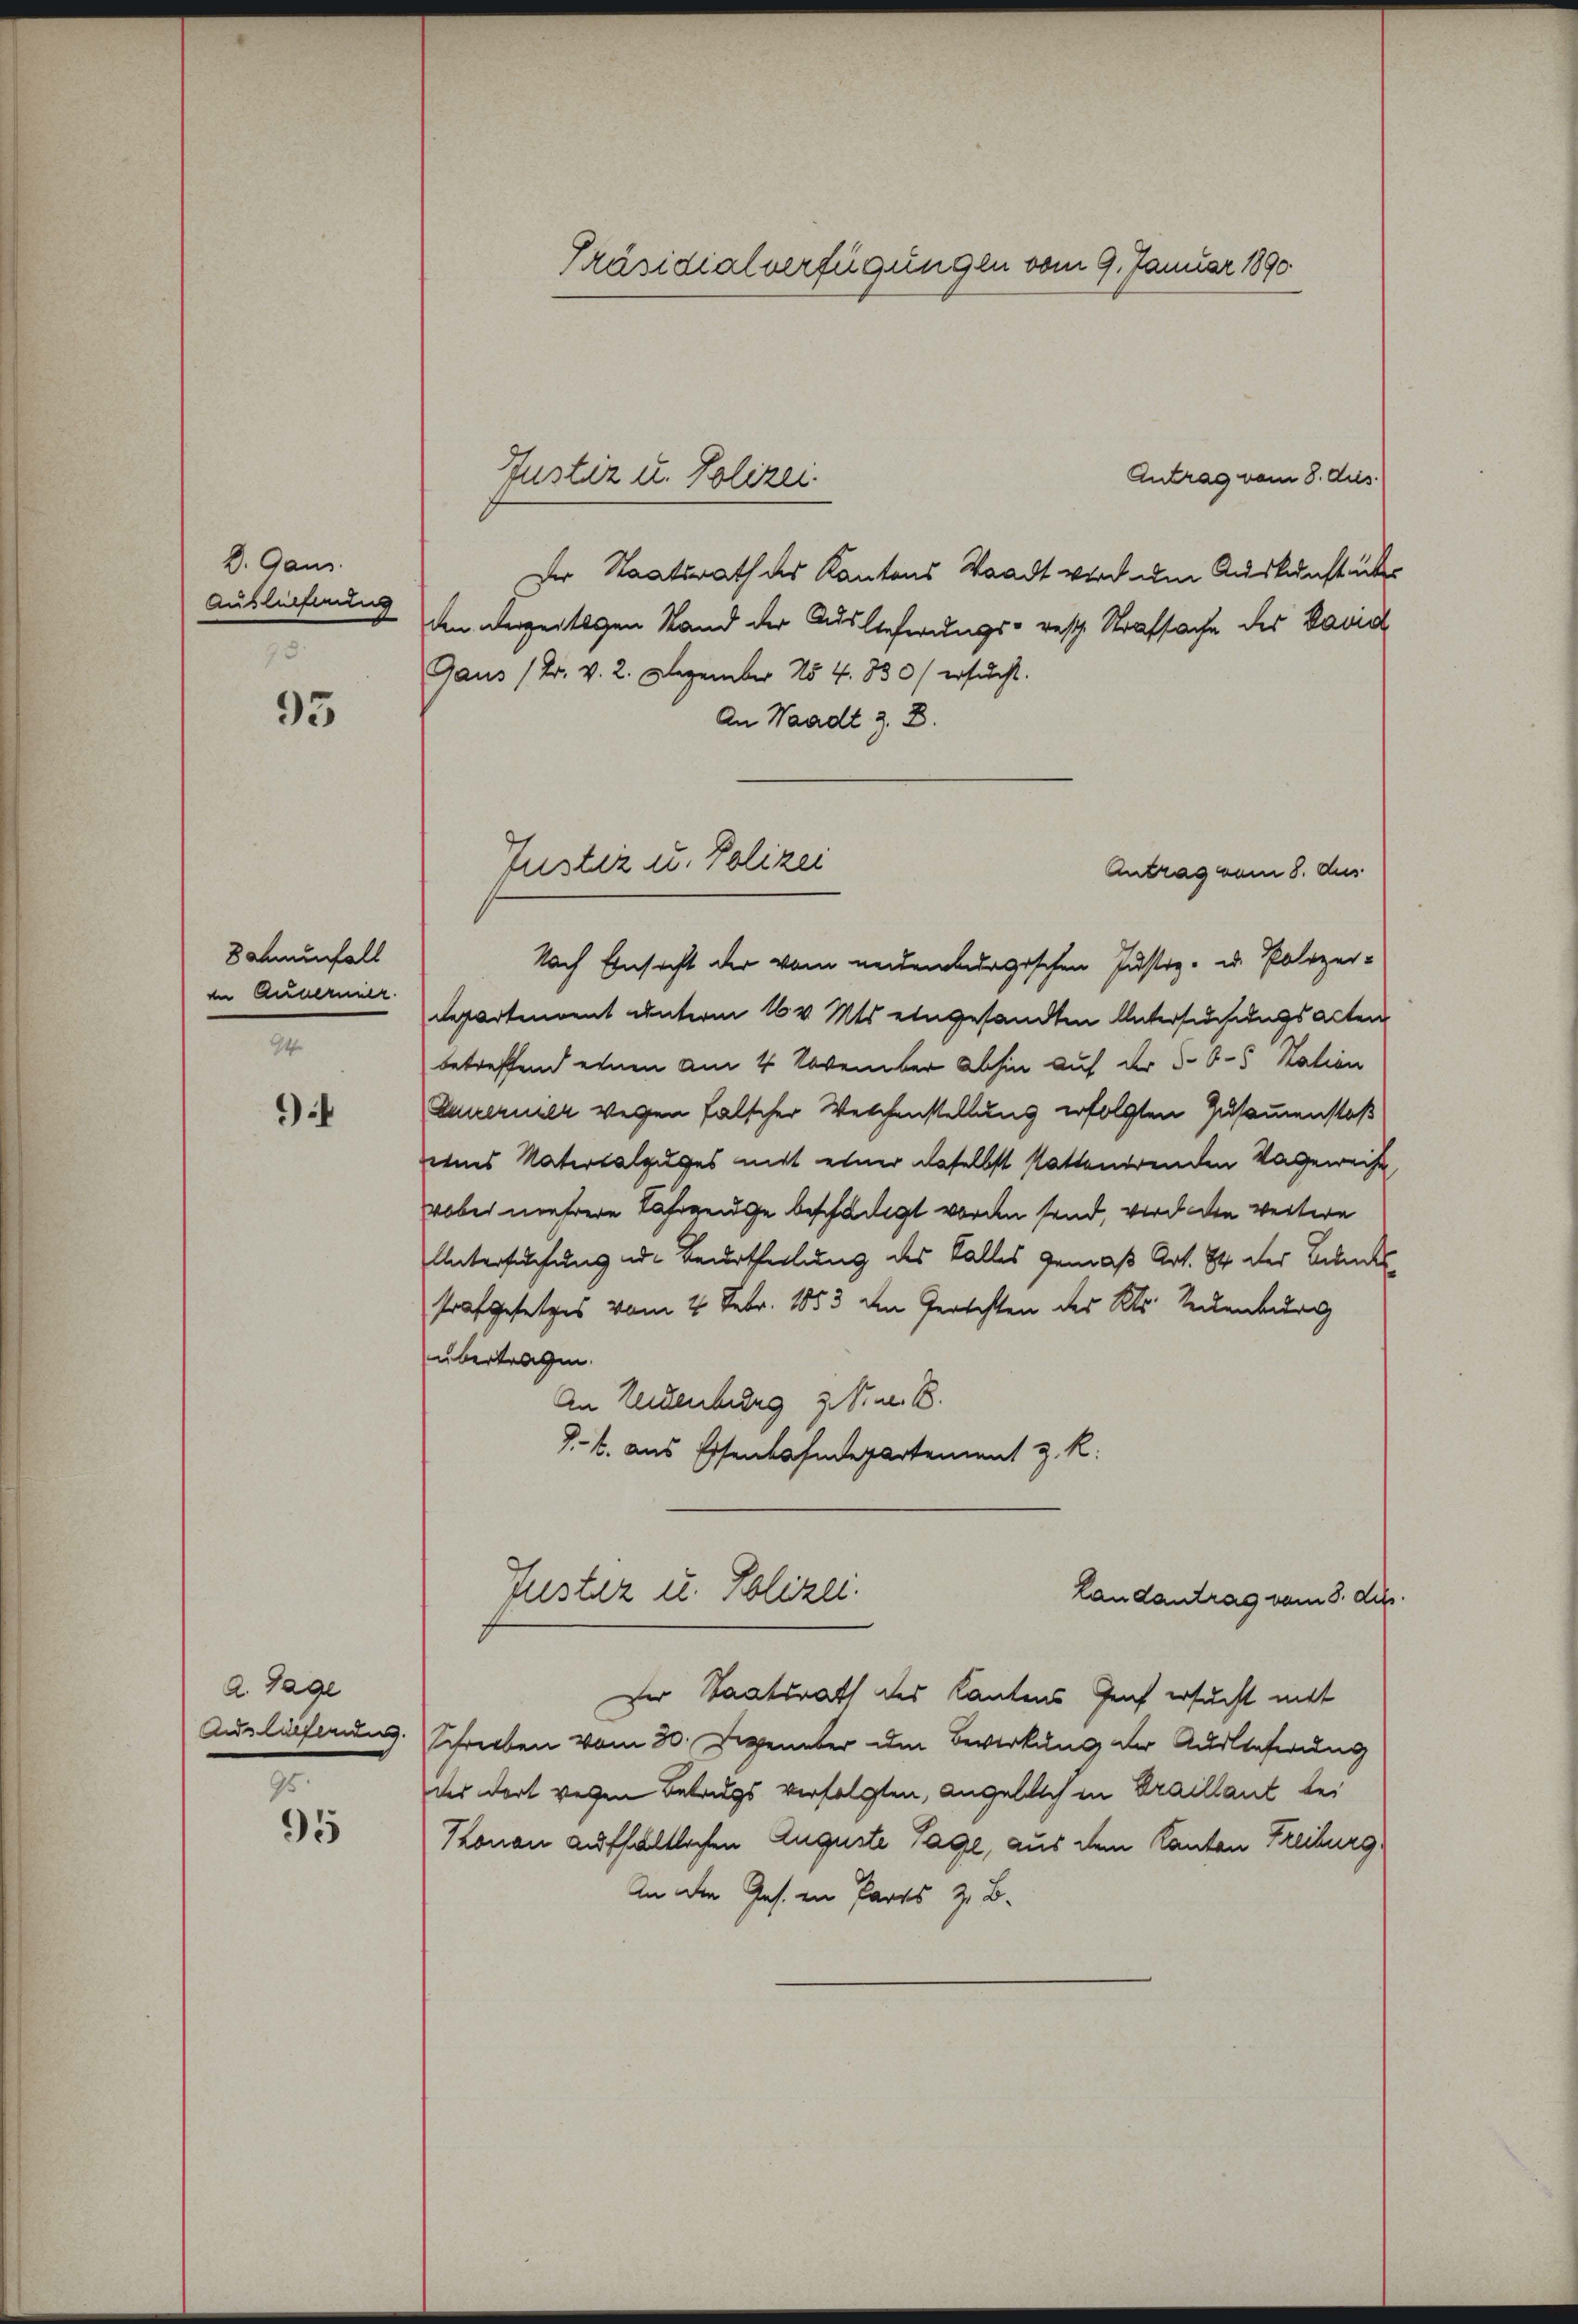
D. Gaus
Ausleihung
73

93

Sahnenfall
in Annerner

i

a. Tage
Andslieferung. |

95
95

Präsidialverfügungen vom 9. Januar 1890

Antrag vom 8. Aus
Der Staatsrath des Kantons Waadt wird um Auskunft über
den derzeitigen Stand der Auslieferungs- resp. Strafsache des Band
Gaus (2. v. 2. Dezember No 4. 830) ersucht.
An Waadt z. B.
Antrag vom 8. dus
Nach Einsicht der vom neuenburgischen Justiz- u. Polizei-
Departendent unterm 16 v. Mts. eingesandten Untersuchungsacten
betreffend einen am 4 November dahin auf der §. 65 Station
Zuvernier wegen falscher Welchenstellung erfolgten Zusammenstoß
enes Vatersalzuges mit einer daselbst stattenderenden Vageweise
wobei mehrere Fahrzeuge beschädigt worden send, wird die weitere
Untersuchung u. Beurtheilung des Falles gemäß Art. 84 der Landes
strafgesetzes vom 4. Febr. 1853 den Gerichten des Kts. Seckenburg
übertragen.
An Leidenburg z. B. B
P. k. aus Essenbahndepartement z. R.
Puster u. Polizei.
Landantrag vom 8. des
Der Staatsrath des Kantons Genf ersucht mit
Schreiben vom 30. Dezember im Bewirkung der Auslieferung
des dort wegen Betrugs verfolgten, angeblich in Braillant bei
Konon aufhältlichen Auguste Tage, aus dem Kanton Freiburg
An die Ges. in Parrs z. B.

Justiz u. Polizei.

Justiz u. Polizei